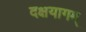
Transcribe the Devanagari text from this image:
दक्षयागम्